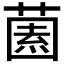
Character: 𱾓